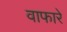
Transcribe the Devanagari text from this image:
वाफारे